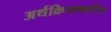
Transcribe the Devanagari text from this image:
अर्थक्रियाकारित्व